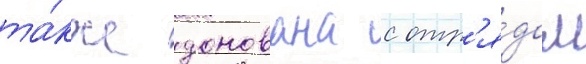
та́кже донована с отр'я́дом